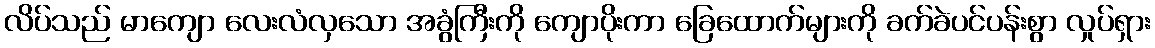
လိပ်သည် မာကျော လေးလံလှသော အခွံကြီးကို ကျောပိုးကာ ခြေထောက်များကို ခက်ခဲပင်ပန်းစွာ လှုပ်ရှား